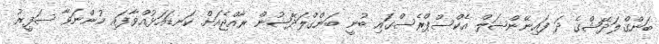
ބަންގްލަދޭޝްގެ ދަ ފައިނޭންޝަލް އެކްސްޕްރެސްގައި ބުނީ ބަންގްލަދޭޝުން ރާއްޖެއަށް ކަނޑައަޅުއްވާފައި ހުންނަވާ ސަފީރު